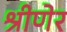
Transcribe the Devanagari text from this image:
श्रीणेर